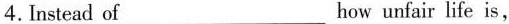
4.Instead of___how unfair life is,